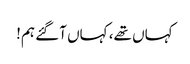
کہاں تھے، کہاں آگئے ہم!